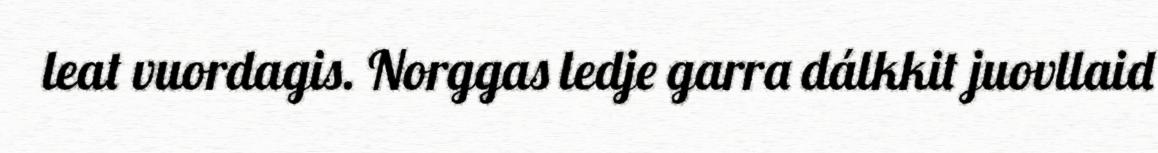
leat vuordagis. Norggas ledje garra dálkkit juovllaid